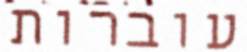
עוברות